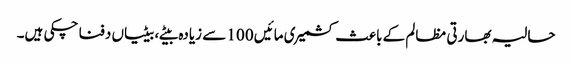
حالیہ بھارتی مظالم کے باعث کشمیری مائیں 100 سے زیادہ بیٹے، بیٹیاں دفنا چکی ہیں۔